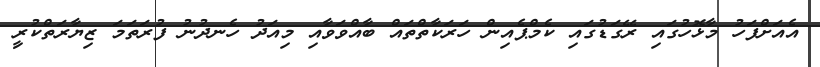
އެއަށްފަހު މާޅޮހުގައި ރޭގަޑުގައި ކެމްޕެއިން ހަރަކާތްތައް ބާއްވަވާއި މިއަދު ހެނދުނު ފުރަތަމަ ޒިޔާރަތްކުރިީ